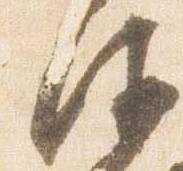
衛